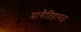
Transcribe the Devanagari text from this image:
प्रागैतिहासज्ञ